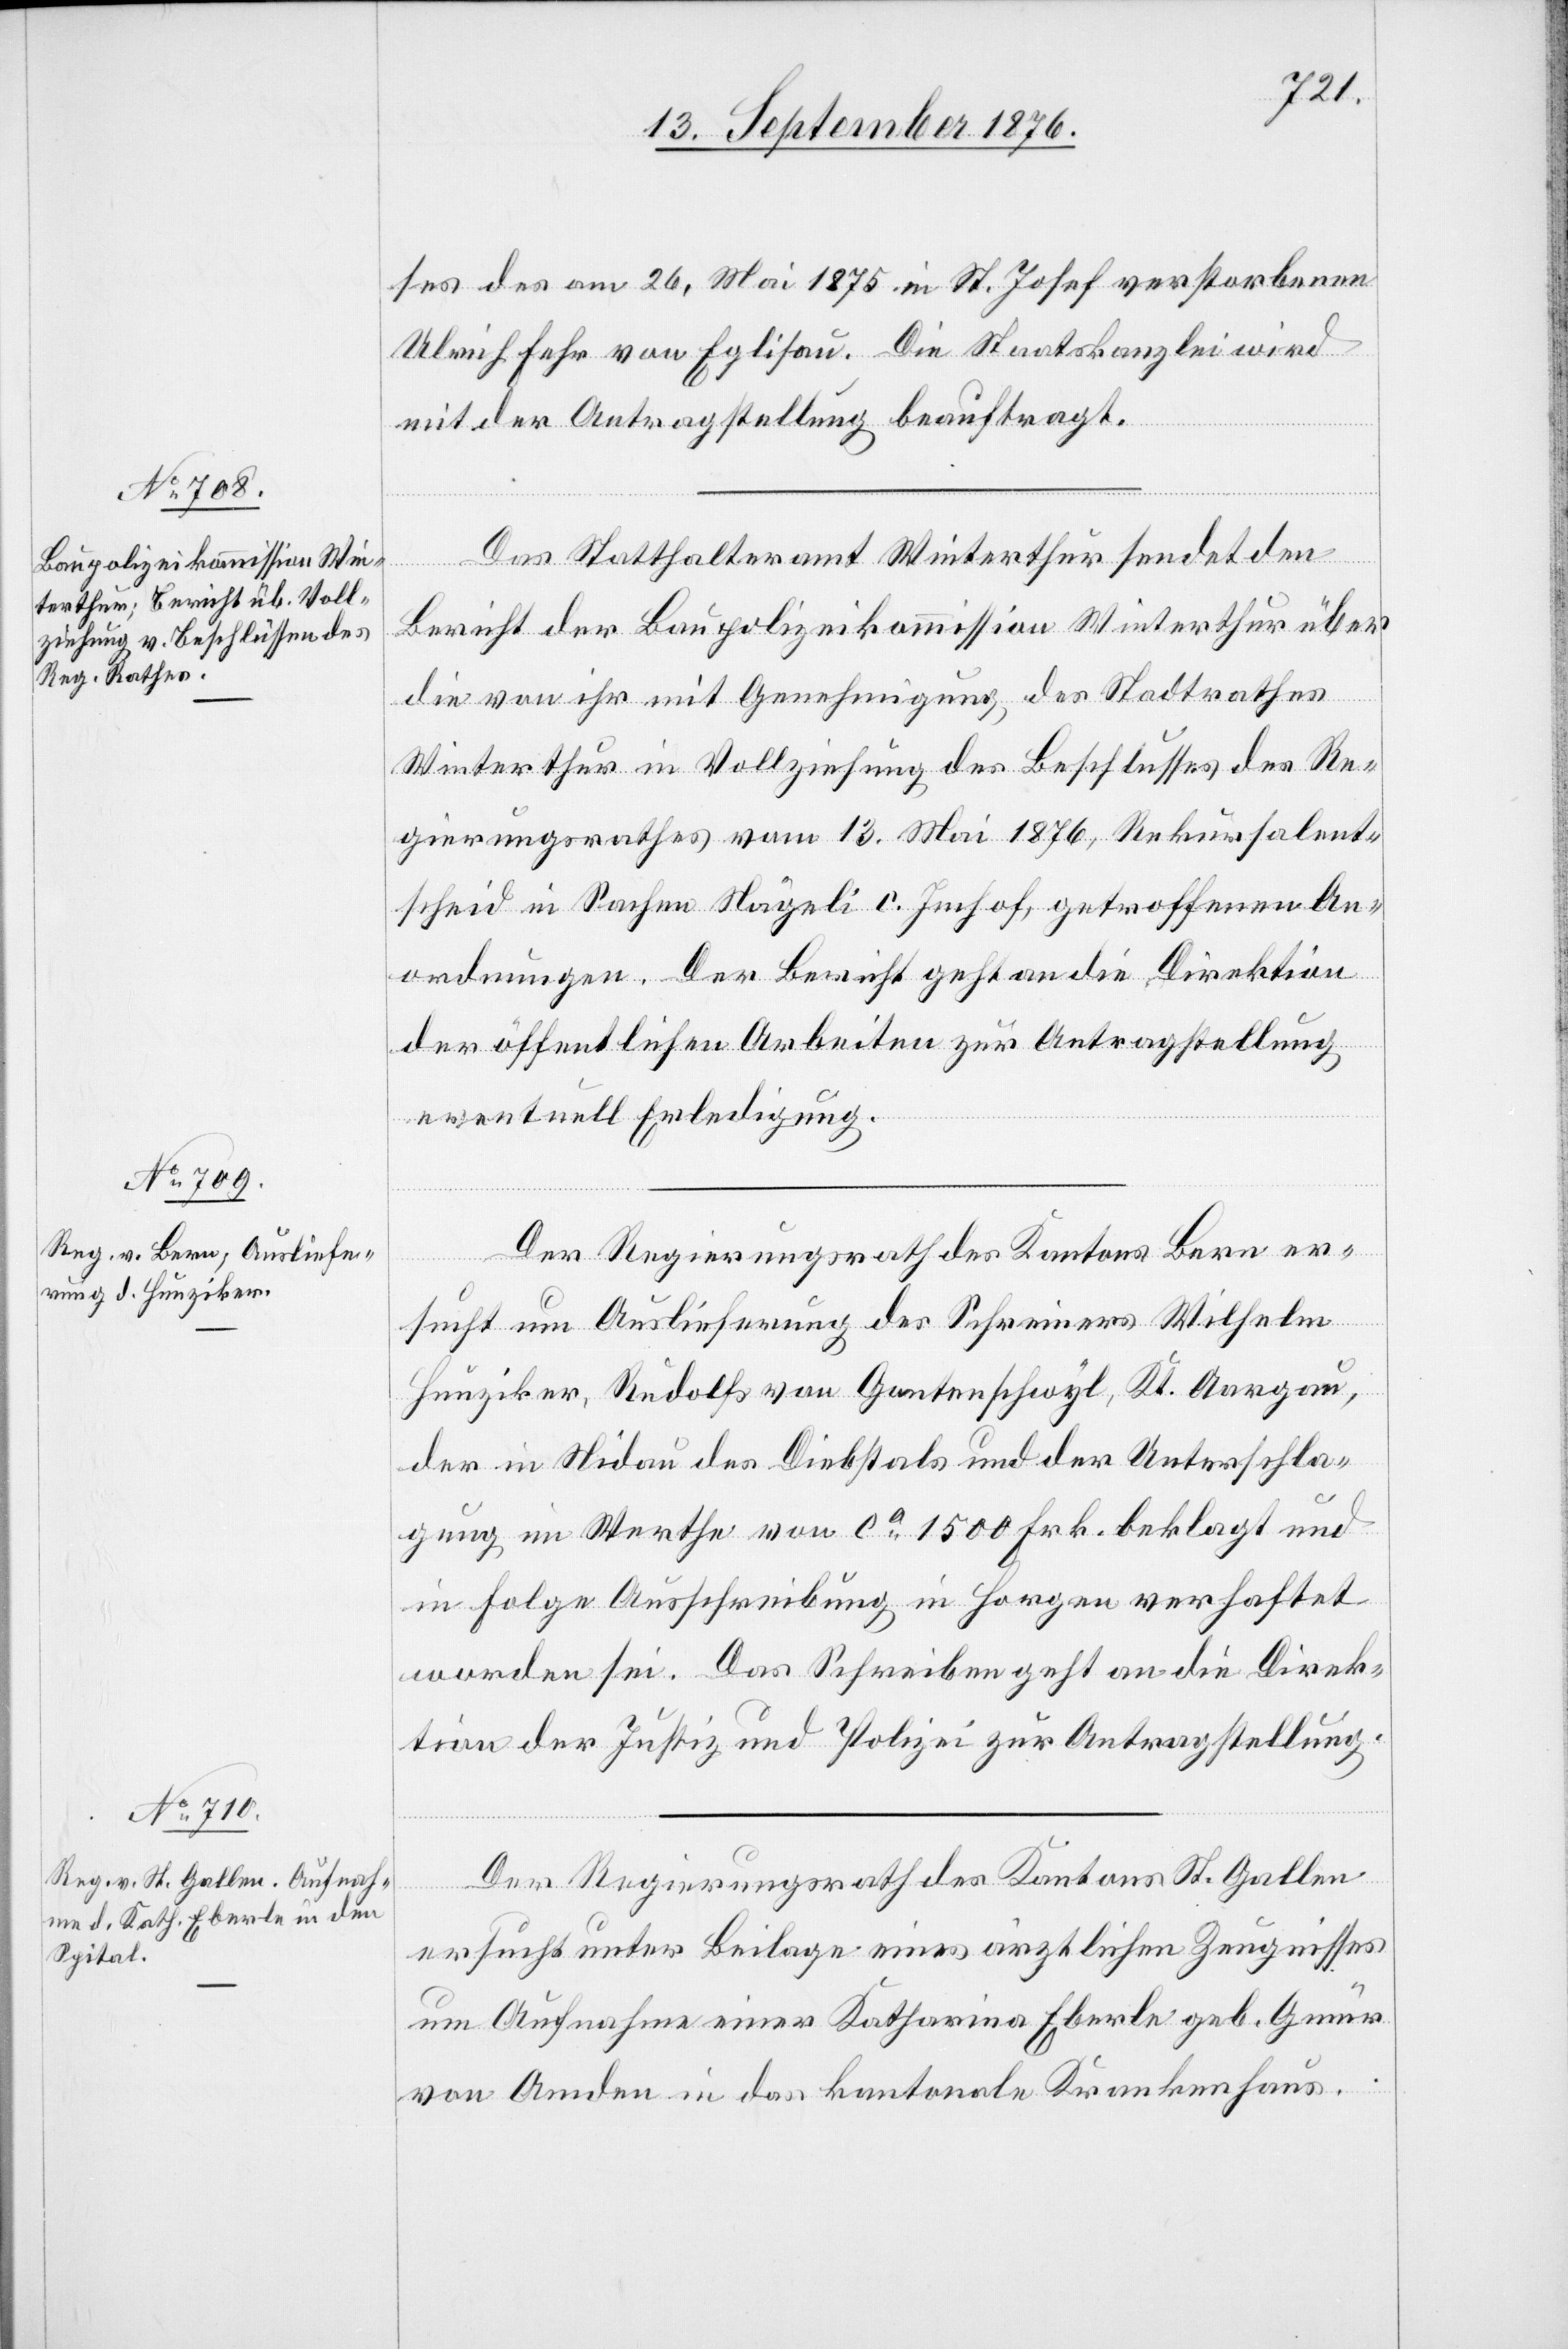
15. September 1876.]
ses des am 26. Mai 1875 in St. Josef verstorbenen
Ulrich Fehr von Eglisau. Die Staatskanzlei wird
mit der Antragstellung beauftragt.
Das Statthalteramt Winterthur sendet den
Bericht der Baupolizeikommission Winterthur über
die von ihr mit Genehmigung des Stadtrathes
Winterthur in Vollziehung des Beschlusses des Re¬
gierungsrathes vom 13. Mai 1876, Rekursalent¬
scheid in Sachen Nägeli C. Imhof, getroffenen An¬
ordnungen. Der Bericht geht an die Direktion
der öffentlichen Arbeiten zur Antragstellung
eventuell Erledigung.
Der Regierungsrath des Kantons Bern er¬
sucht um Auslieferung des Schreiners Wilhelm
Hunziker, Rudolfs von Ganterschwyl, Kt. Aargau,
der in Nidau des Diebstals und der Unterschla¬
gung im Werthe von ca 1500 Frk. beklagt und
in Folge Ausschreibung in Horgen verhaftet
worden sei. Das Schreiben geht an die Direk¬
tion der Justiz und Polizei zur Antragstellung.
Der Regierungsrath des Kantons St. Gallen
ersucht unter Beilage eines ärztlichen Zeugnisses
um Aufnahme einer Katharina Eberle geb. Gmür
von Amden in das kantonale Krankenhaus.